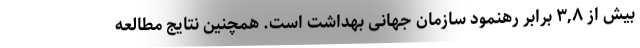
بیش از ۳,۸ برابر رهنمود سازمان جهانی بهداشت است. همچنین نتایج مطالعه